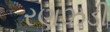
રણઝડી